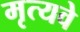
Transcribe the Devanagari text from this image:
मृत्यवे